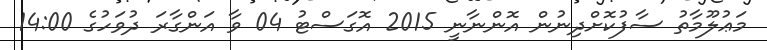
މަޢުލޫމާތު ސާފުކޮށްދިނުން އޮންނާނީ 2015 އޮގަސްޓު 04 ވާ އަންގާރަ ދުވަހުގެ 14:00